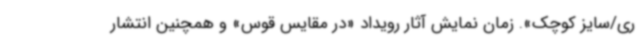
ری/سایز کوچک». زمان نمایش آثار رویداد «در مقایس قوس» و همچنین انتشار